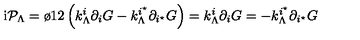
\mathrm { i } { \cal P } _ { \Lambda } = { \o { 1 } { 2 } } \left( k _ { \Lambda } ^ { i } \partial _ { i } G - k _ { \Lambda } ^ { i ^ { \star } } \partial _ { i ^ { \star } } G \right) = k _ { \Lambda } ^ { i } \partial _ { i } G = - k _ { \Lambda } ^ { i ^ { \star } } \partial _ { i ^ { \star } } G